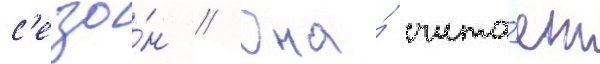
с'езо́н // Она́ счита́ет